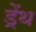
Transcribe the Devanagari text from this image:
ड्रेंथ